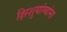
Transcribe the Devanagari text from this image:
क्षिशुयांग्बांना